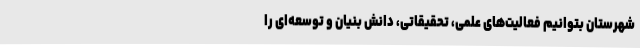
شهرستان بتوانیم فعالیت‌های علمی، تحقیقاتی، دانش بنیان و توسعه‌ای را